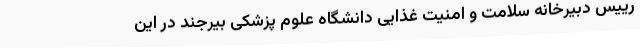
رییس دبیرخانه سلامت و امنیت غذایی دانشگاه علوم پزشکی بیرجند در این